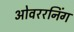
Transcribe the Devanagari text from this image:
ओवररनिंग